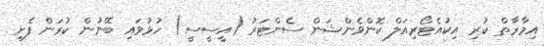
އިމާރާތް ކުރި އިކުއެޓޯރިއަލް ކޮންވެންޝަން ސެންޓަރު (އީސީސީ) ހުޅުވައި ބޭނުން ކުރަން ފެށި